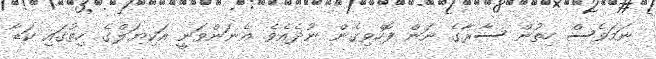
ނަމަވެސް ހިތުން ސާރާގެ ނަން ފޮހެވިގެން ނުދެއެވެ. އެނަންވަނީ އަކިޔަލްގެ ހިތުގައި ކަޑާ